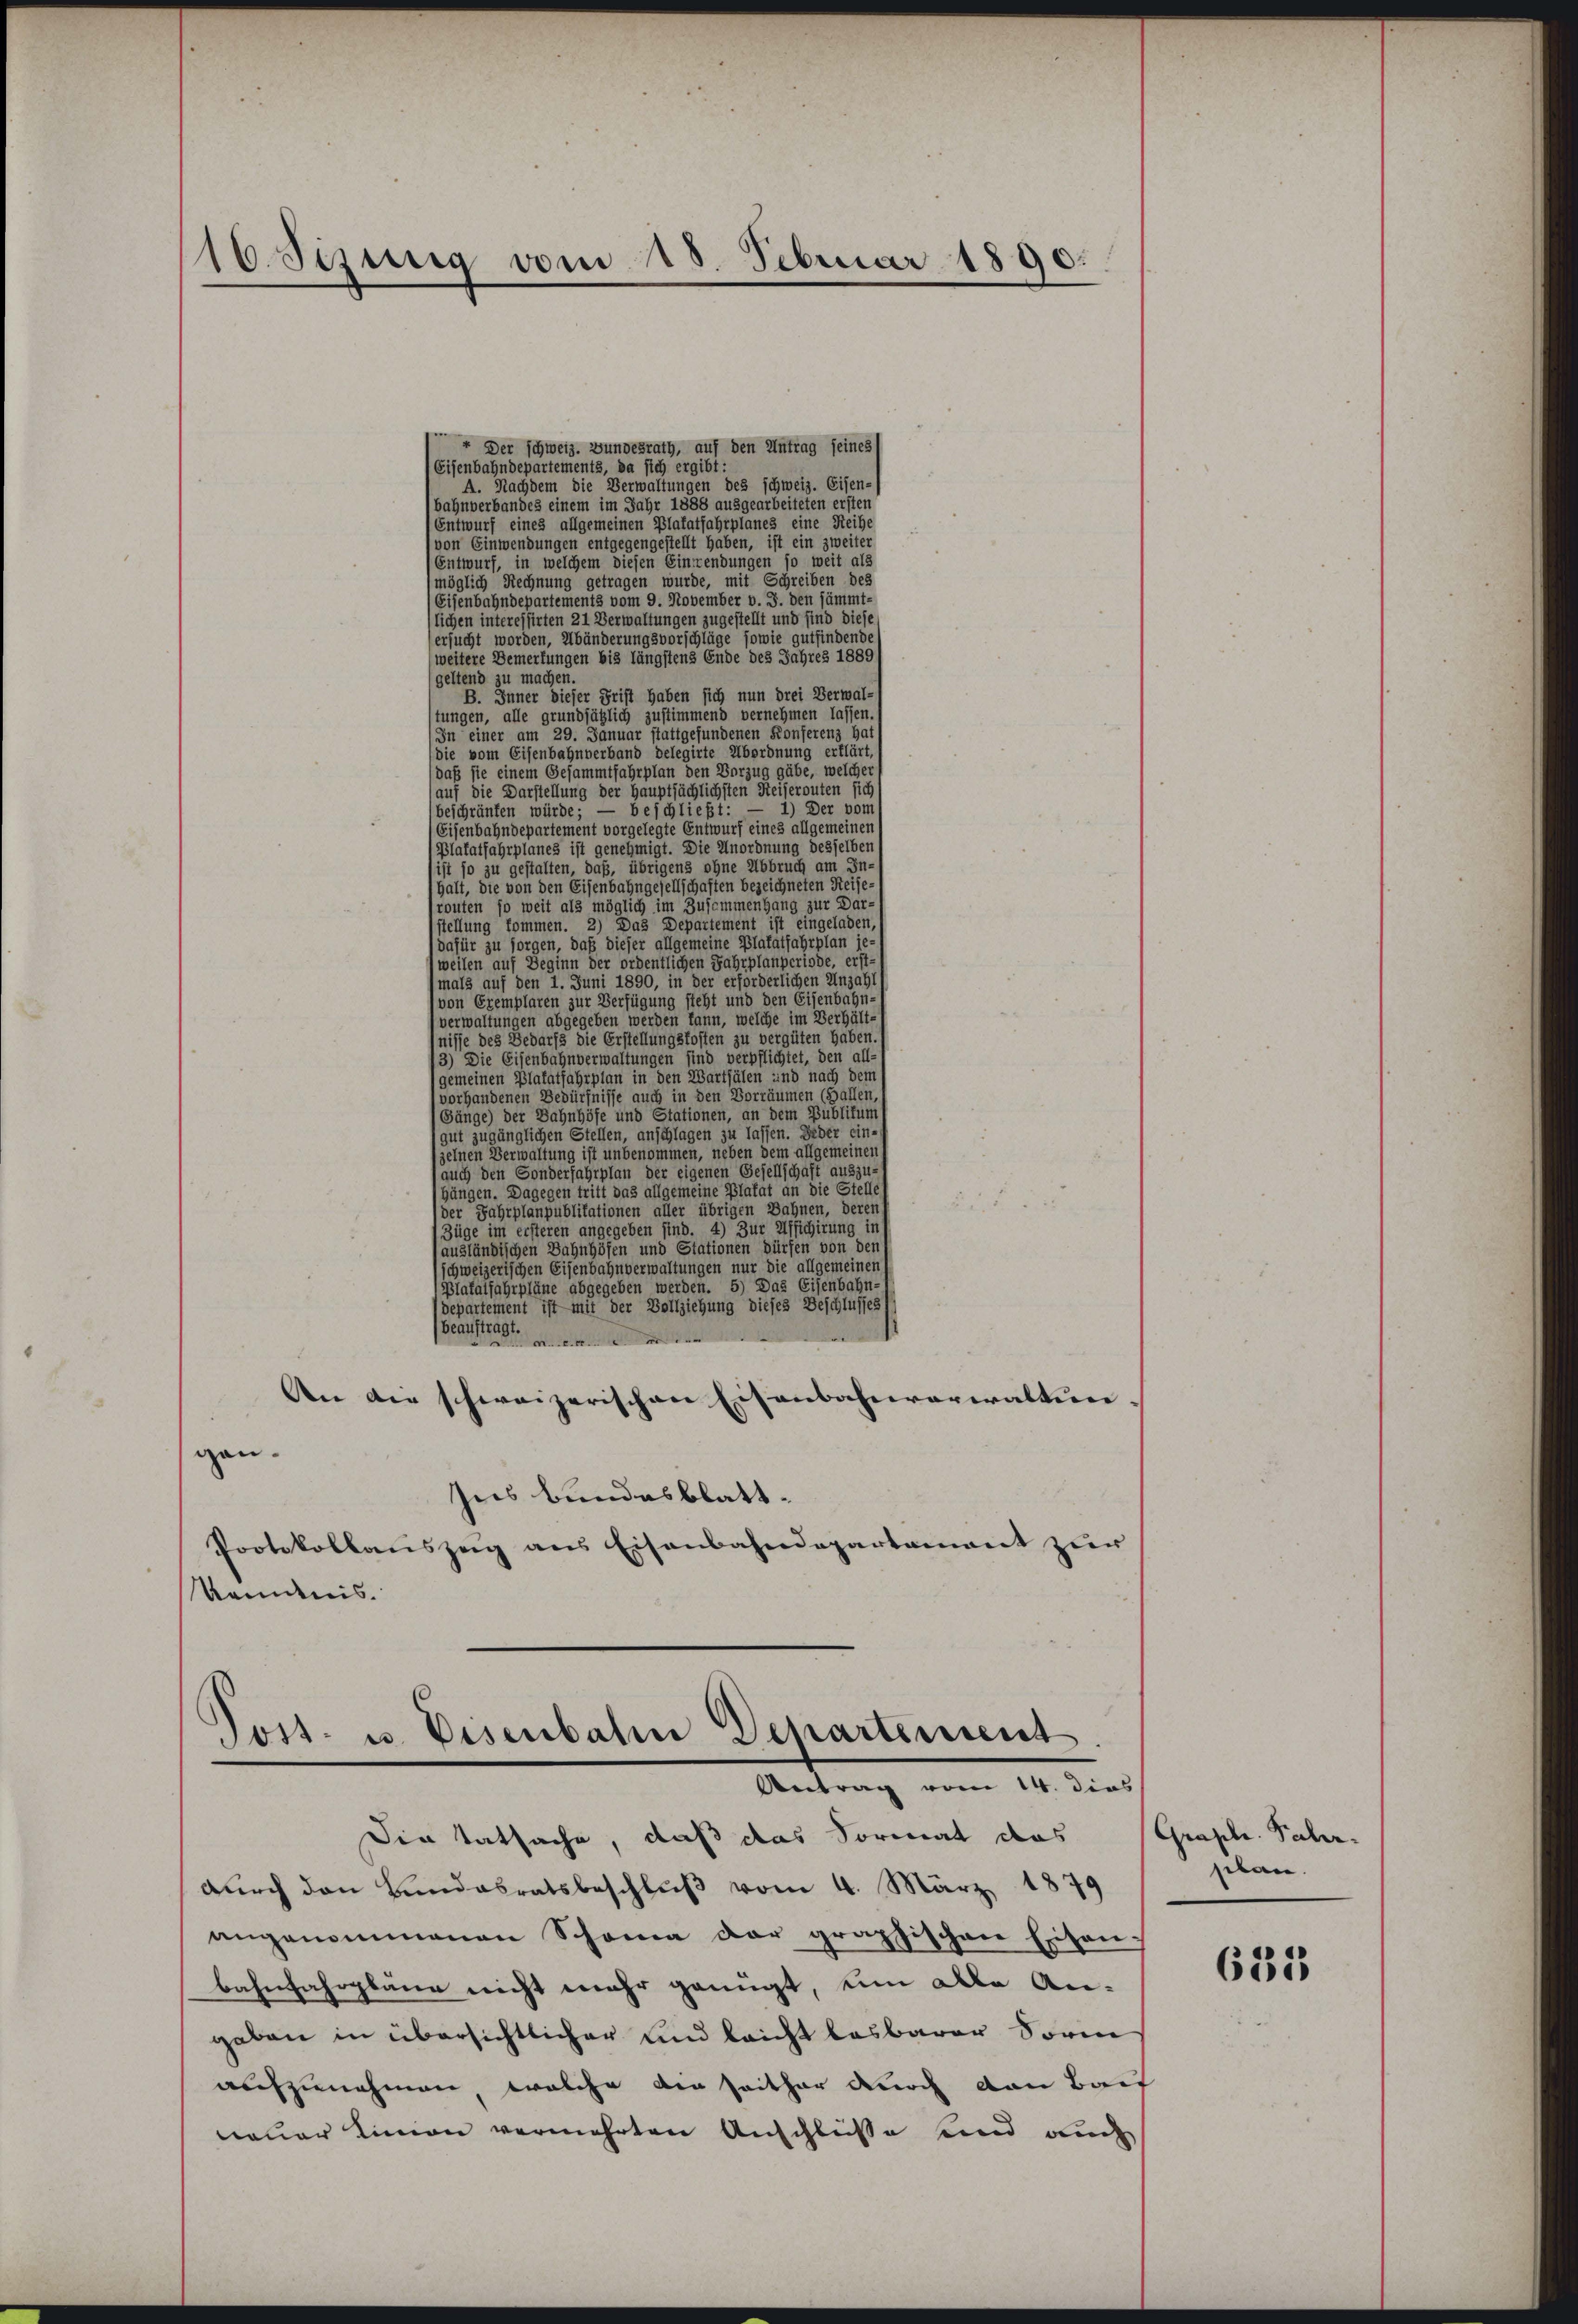
16. Sizung vom 18. Februar 1890.

+ Der schweiz. Bundesrath, auf den Antrag seines
Eisenbahndepartements, da sich ergibt:
A. Nachdem die Verwaltungen des schweiz. Eisen-
bahnverbandes einem im Jahr 1888 ausgearbeiteten ersten
(Entwurf eines allgemeinen Platatfahrplanes eine Reihe
von Einwendungen entgegengestellt haben, ist ein zweiter
Entwurf, in welchem diesen Einwendungen so weit als
möglich Rechnung getragen wurde, mit Schreiben des
Eisenbahndepartements vom 9. November v. J. den sämmt-
lichen interessirten 21 Verwaltungen zugestellt und sind diese
ersucht worden, Abänderungsvorschläge sowie gutfindende
weitere Bemerkungen bis längstens Ende des Jahres 1889/
geltend zu machen.
B. Inner dieser Frist haben sich nun drei Verwal-
stungen, alle grundsätzlich zustimmend vernehmen lassen.
In einer am 29. Januar stattgefundenen Konferenz hat
die vom Eisenbahnverband delegirte Abordnung erklärt,
daß sie einem Gesammtfahrplan den Vorzug gäbe, welcher
(auf die Darstellung der Hauptsächlichsten Reiserouten sich
beschränken würde; — beschließt: — 1) Der vom
Eisenbahndepartement vorgelegte Entwurf eines allgemeinen
Platatfahrplanes ist genehmigt. Die Anordnung desselben
ist so zu gestalten, daß, übrigens ohne Abbruch am In-
halt, die von den Eisenbahngesellschaften bezeichneten Reise-
routen so weit als möglich im Zusammenhang zur Dar-
stellung kommen. 2) Das Departement ist eingeladen,
dafür zu sorgen, daß dieser allgemeine Platatjahrplan je-
weilen auf Beginn der ordentlichen Jahrplanperiode, erst-
mals auf den 1. Juni 1890, in der erforderlichen Anzahl
(von Exemplaren zur Verfügung steht und den Eisenbahn-
verwaltungen abgegeben werden kann, welche im Verhält-
fnisse des Bedarfs die Erstellungskosten zu vergüten haben.
3) Die Eisenbahnverwaltungen sind verpflichtet, den all-
gemeinen Platatfahrplan in den Wartsälen und nach den
vorhandenen Bedürfnisse auch in den Vorräumen (Hallen,
Gänge) der Bahnhöfe und Stationen, an dem Publikums
gut zugänglichen Stellen, anschlagen zu lassen. Jeder ein-
zelnen Verwaltung ist unbenommen, neben dem allgemeinen
auch den Sonderfahrplan der eigenen Gesellschaft auszu-
hängen. Dagegen tritt das allgemeine Platat an die Stelle
der Jahrplanpublitationen aller übrigen Bahnen, deren
(Züge im ersteren angegeben sind. 4) Zur Afficirung in
ausländischen Bahnhöfen und Stationen dürfen von den s
schweizerischen Eisenbahnverwaltungen nur die allgemeinen (
Plafalfahrpläne abgegeben werden. 5) Das Eisenbahn-s
Departement ist mit der Vollziehung dieses Beschlusses
beauftragt.
An die schweizerischen Eisenbahnverwaltungan.
Ins bundesblatt¬
Protokollanszeig ans Eisenbahndepartament zŭr
Nomanis.

Post- u. Eisenbahn Departement.
Antrag vom 14. dies

Die Tatsache, daß das Sormat das (Graph. Fahr-
Dŭrch den Bundesratsbeschlŭβ vom 4. März 1879
angenommenen Schama der graphischen Eisen-
bahnfahrpläne nicht mehr genügt, ein alle An-
gaben in übersichtlicher und leicht losbarer Sore
aufzunehmen, welche ein seither durch von Bau
neuer Linien vermehrten Anschlüße und auch

siben.

635